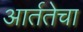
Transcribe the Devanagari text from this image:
आर्ततेचा